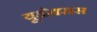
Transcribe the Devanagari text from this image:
यूडोक्सस